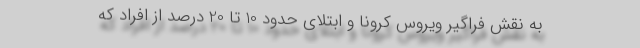
به نقش فراگیر ویروس کرونا و ابتلای حدود 10 تا 20 درصد از افراد که